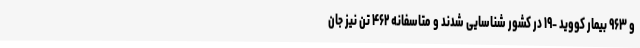
و ۹۶۳ بیمار کووید -۱۹ در کشور شناسایی شدند و متاسفانه ۴۶۲ تن نیز جان